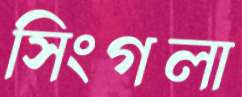
সিংগলা